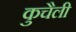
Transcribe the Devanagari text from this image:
कुचैली